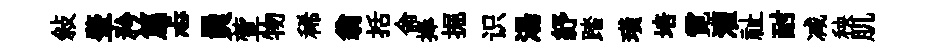
敍肇矜篇忐員萱物稀翁括侖捧掘识湯紓踏璜培霓灌祉耐减秧肌